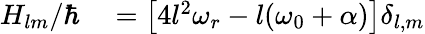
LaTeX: \begin{array}{rl}{H_{lm}/\hbar}&{{}=\left[4l^{2}\omega_{r}-l(\omega_{0}+\alpha)\right]\delta_{l,m}}\end{array}